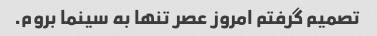
تصمیم گرفتم امروز عصر تنها به سینما بروم.